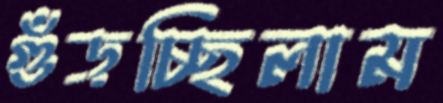
গুঁড়চ্ছিলাম